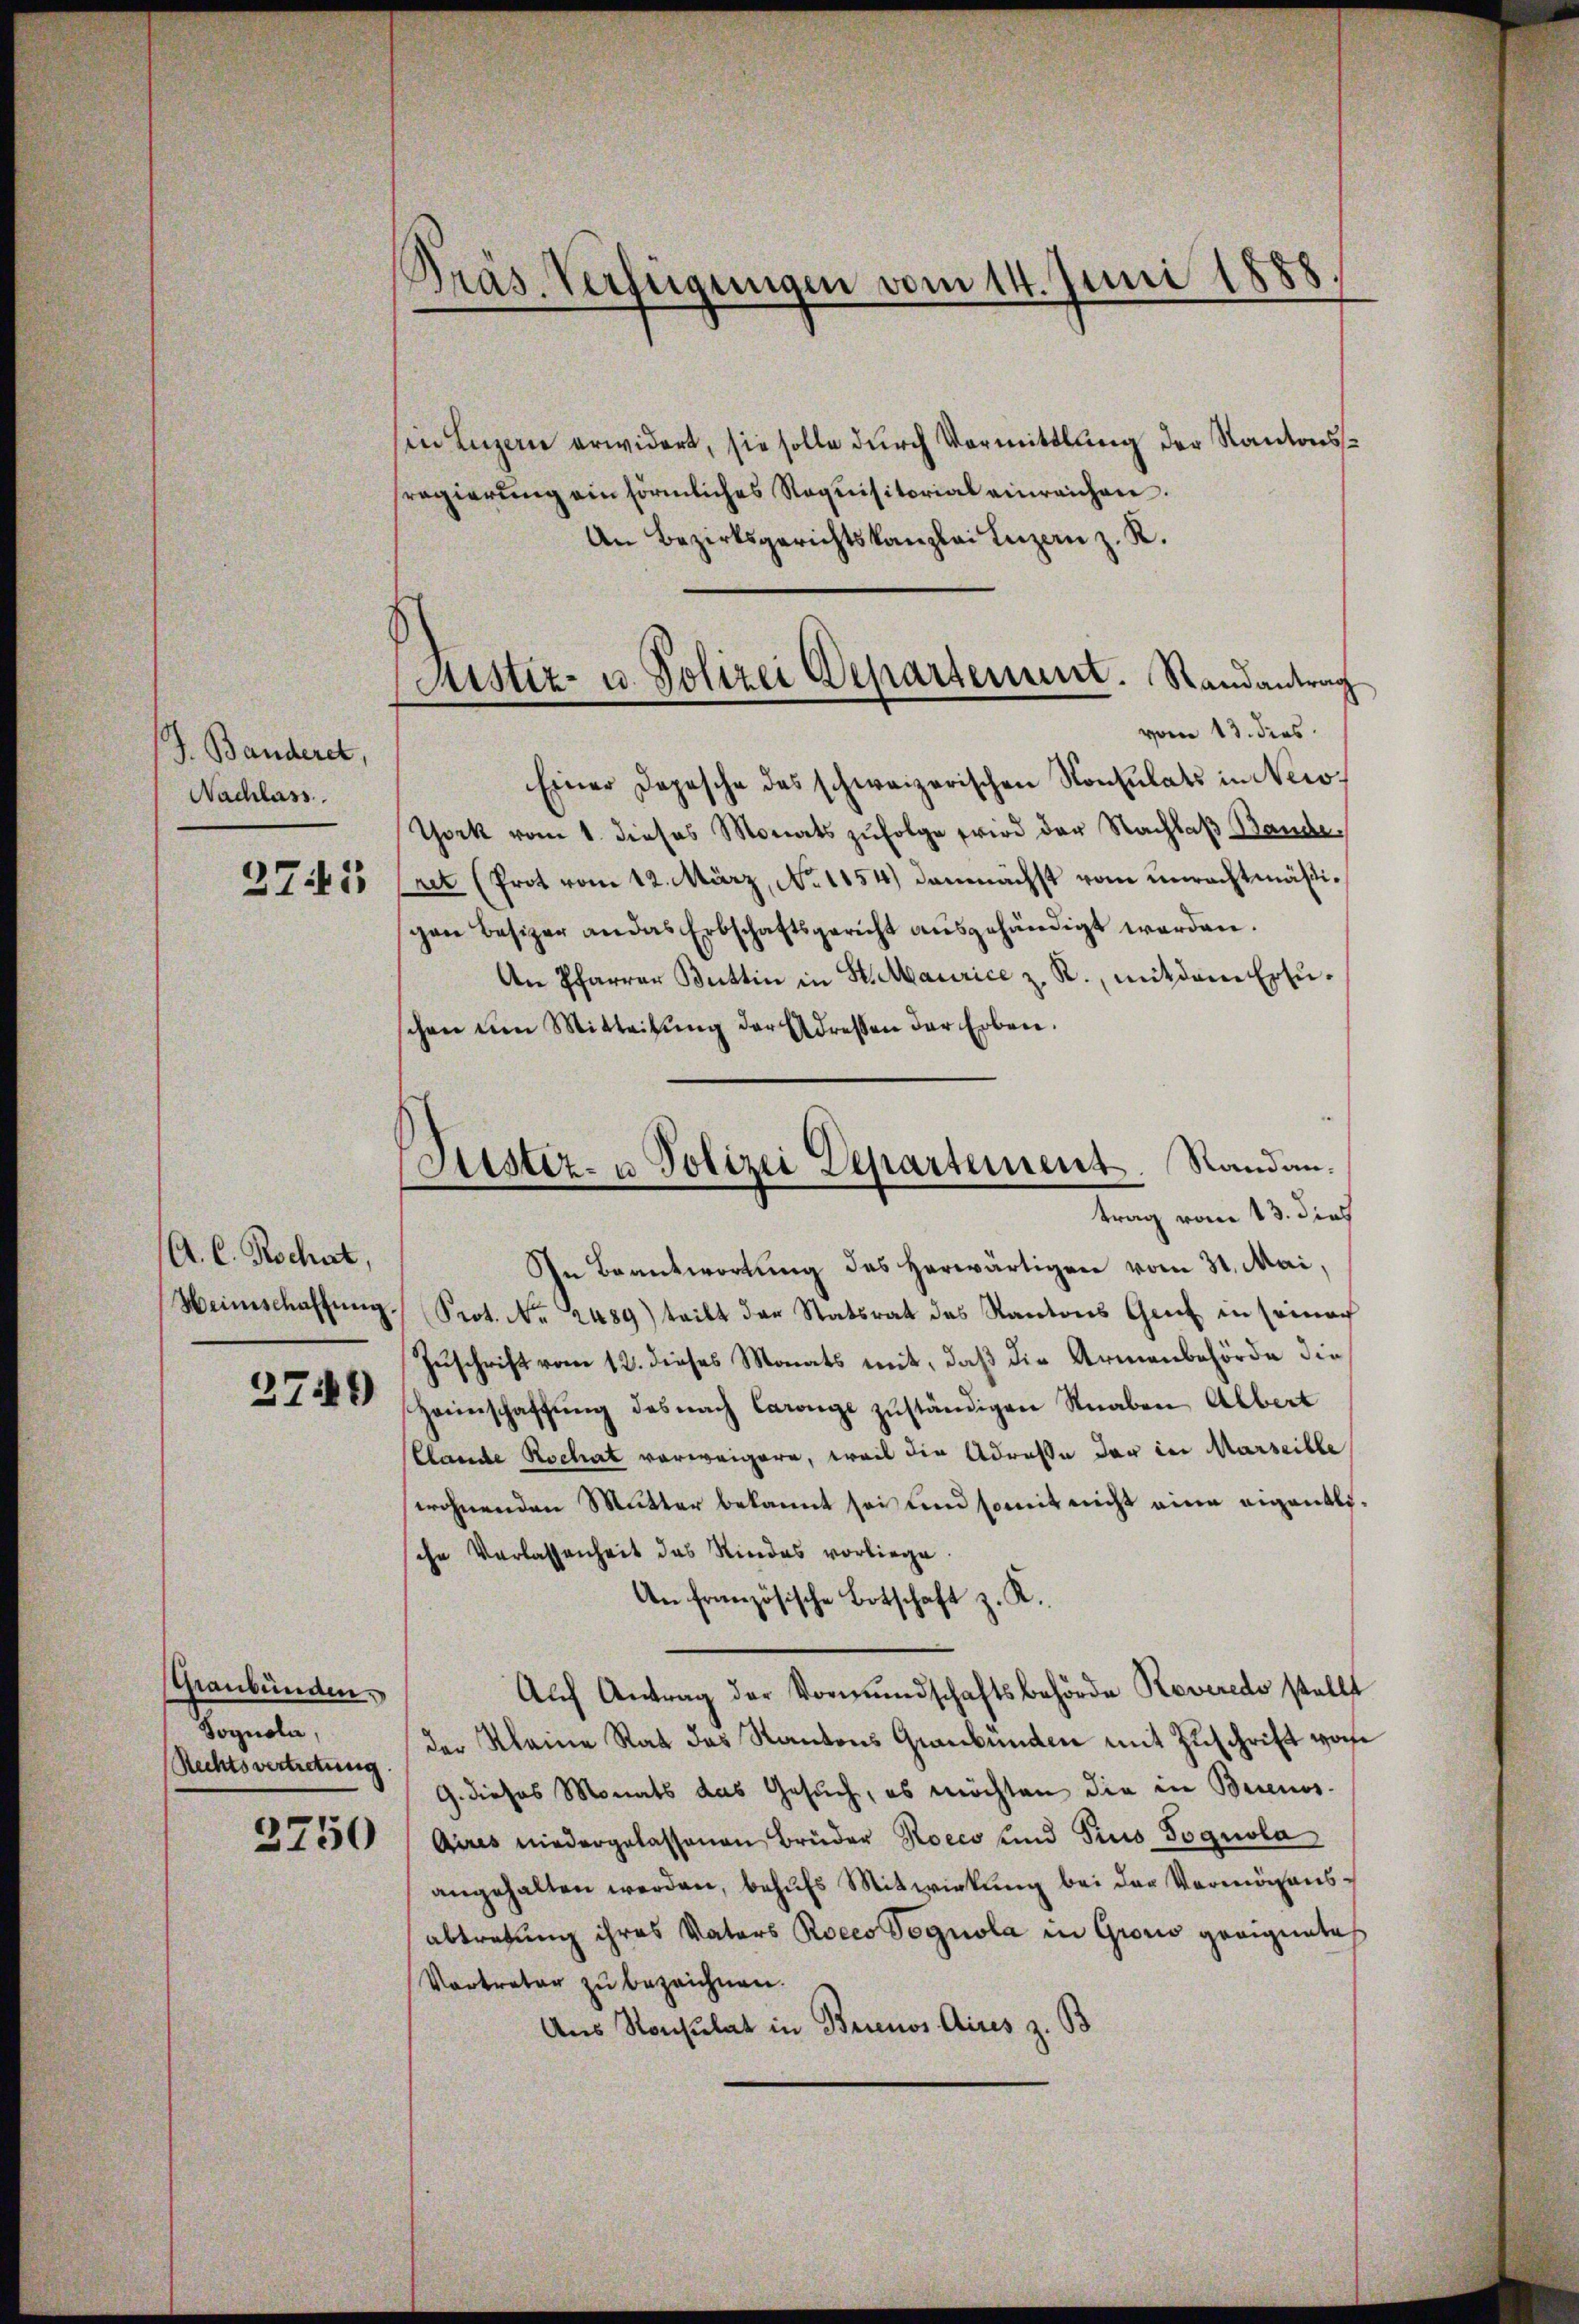
J. Banderet,
Nachlass
2741

A. C. Rochat,
Weinschaffŭng.
2749

sin Luzern erwidert, sie solle durch Vormittlung der Kantonsregierŭng ein förmliches Requisitorial einreichen.
An Bezirksgerichtskanzlei Inzan z. R.

Graubünden.
Sognola,
Rechtsvertretung

3750

Präs. Verfügungen vom 14. Juni 1888.

Austiz- u. Polizei Departement. Randantrag
vom 13. dies

Justiz- u Polizei Departement. Randantrag vom 13. dies

Einer Depesche das schweizerischen Konsulats in Newo¬
York vom 1. dieses Monats zŭfolge wird der Nachlaβ Bande
net (Prot vom 12. März, No 1154) demnächst vom unrechtmäßigen Besizer an das Erbschaftsgericht aŭsgehändigt werden.
An Pfarrer Büttin in St. Maurice z. R., mit dem Erzŭ-
chen um Mitteitŭng der Adressen der Erben.
In Beantwortung des herwärtigen vom 31. Mai,
Prot. Nr. 2489) teilt der Statsrat des Kantons Genf in seinach
Zuschrift vom 12. dieses Monats mit, daß die Armenbehörde die
Haunschaffŭng des nach Caronge zŭständigen Knaben Albert
llande Rochat vorweigern, weil die Adresse der in Marseille
wohnenden Mutter bekannt sei und somit nicht eine eigentliche Verlassenheit das Rindes vorliege.
An französische Botschaft z. K.
Aŭf Antrag der Vormŭndschaftsbehörde Roveredo stellt
der Kleine Rat das Kantons Graubünden mit Zuschrift von
G. dieses Monats das Gesuch, es möchten die in Buenos¬
Aires niedergelassenen Brüder Roccs und Pius Fognola
angehalten werden, behufs Mitwirkung bei der Vermögensabtretung ihres Vaters Rocco Pognola in Groris geeignete
Vortreter zu bezeichnen.
Aus Konsulat in Brinos Aires z. B